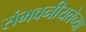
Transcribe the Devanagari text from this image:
संभवनीयतेच्या